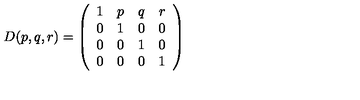
D ( p , q , r ) = \left( \begin{array} { c c c c } { 1 } & { p } & { q } & { r } \\ { 0 } & { 1 } & { 0 } & { 0 } \\ { 0 } & { 0 } & { 1 } & { 0 } \\ { 0 } & { 0 } & { 0 } & { 1 } \\ \end{array} \right)